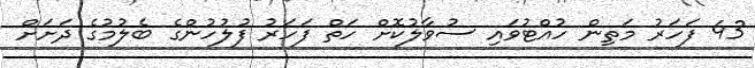
43 ފަހަރު މަތިން ހުއްޓުވައި ސުވާލުކޮށް ހަތް ފަހަރު ފުލުހުންގެ ބެލުމުގެ ދަށަށް